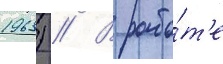
1963) // В рабо́т'е